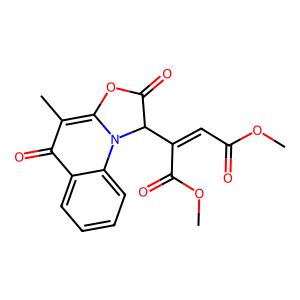
SMILES: COC(=O)C=C(C(=O)OC)C1C(=O)Oc2c(C)c(=O)c3ccccc3n21
Inhibits HIV replication: No